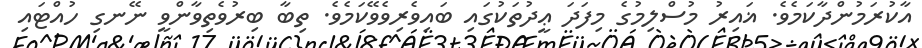
އާކުރަމުންދާކަމެވެ. ޣައިރު މުސްލިމުގެ މިފަދަ ޢީދުތަކުގައި ބައިވެރިވެވޭކަމެވެ. ތިބާ ބިރުވެތިވާންވީ ނޭނގި ހުއްޓައި